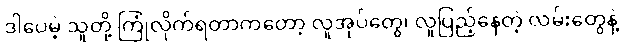
ဒါပေမဲ့ သူတို့ ကြုံလိုက်ရတာကတော့ လူအုပ်တွေ၊ လူပြည့်နေတဲ့ လမ်းတွေနဲ့